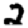
Digit: 2